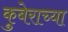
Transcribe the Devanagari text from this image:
कुबेराच्या